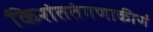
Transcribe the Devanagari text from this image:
किरांततंगणाकीर्ण